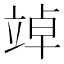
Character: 竨